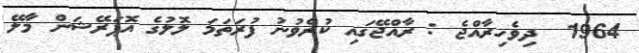
1964  ދިވެހިރާއްޖެ : ރާއްޖޭގައި ކުރެވުނު ފުރަތަމަ ލޮލުގެ އޮޕަރޭޝަން މާލޭ